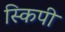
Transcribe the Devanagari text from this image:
स्किपी